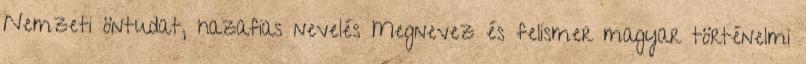
Nemzeti öntudat, hazafias nevelés Megnevez és felismer magyar történelmi